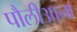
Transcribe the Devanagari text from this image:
पौलीआना